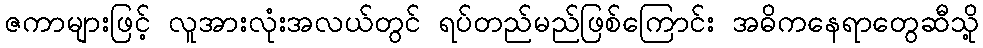
ဇကာများဖြင့် လူအားလုံးအလယ်တွင် ရပ်တည်မည်ဖြစ်ကြောင်း အဓိကနေရာတွေဆီသို့